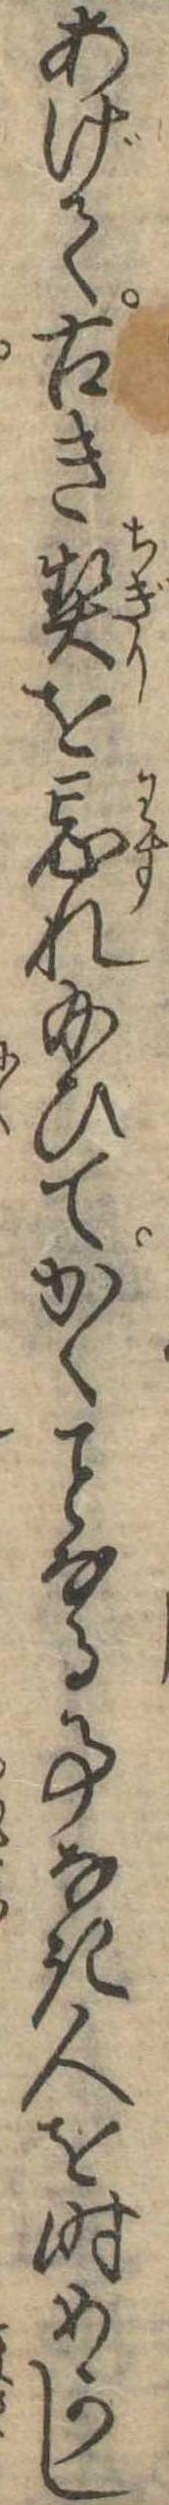
あげて古き契を忘れ給ひてかくなる事なき人を時めかし